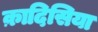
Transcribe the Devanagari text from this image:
क़ादिसिया